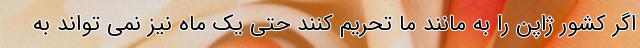
اگر کشور ژاپن را به مانند ما تحریم کنند حتی یک ماه نیز نمی تواند به